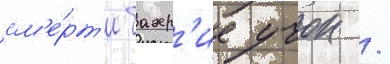
см'е́рт'и бахр'ие учок /